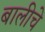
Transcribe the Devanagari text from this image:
बालीचे